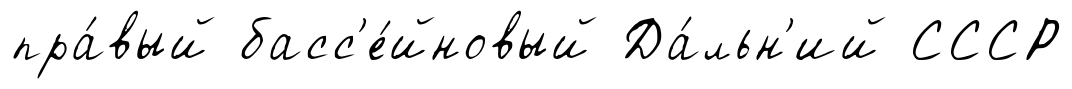
пра́вый басс'е́йновый Да́льн'ий СССР